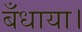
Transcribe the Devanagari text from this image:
बँधाया।